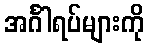
အင်္ဂါရပ်များကို